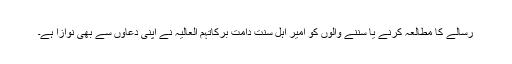
رسالے کا مطالعہ کرنے یا سننے والوں کو امیر اہلِ سنت دَامَتْ بَرَکَاتُہُمُ الْعَالِیَہ نے اپنی دعاوں سے بھی نوازا ہے۔